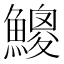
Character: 𩻐